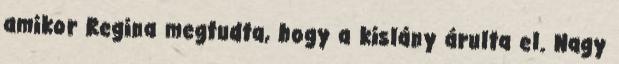
amikor Regina megtudta, hogy a kislány árulta el. Nagy